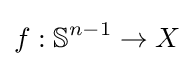
f:\mathbb {S} ^{n-1}\rightarrow X